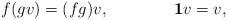
LaTeX: \begin{align*}f(gv)=(fg)v,\qquad\qquad{\mathbf 1}v=v,\end{align*}